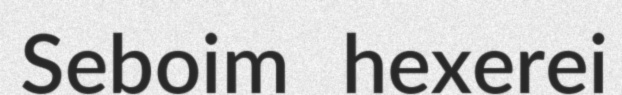
Seboim hexerei